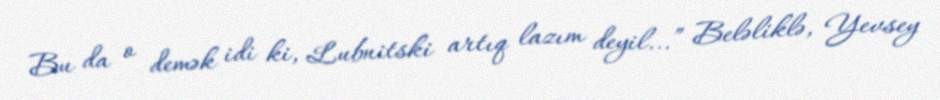
Bu da o demək idi ki, Lubnitski artıq lazım deyil...” Beləliklə, Yevsey